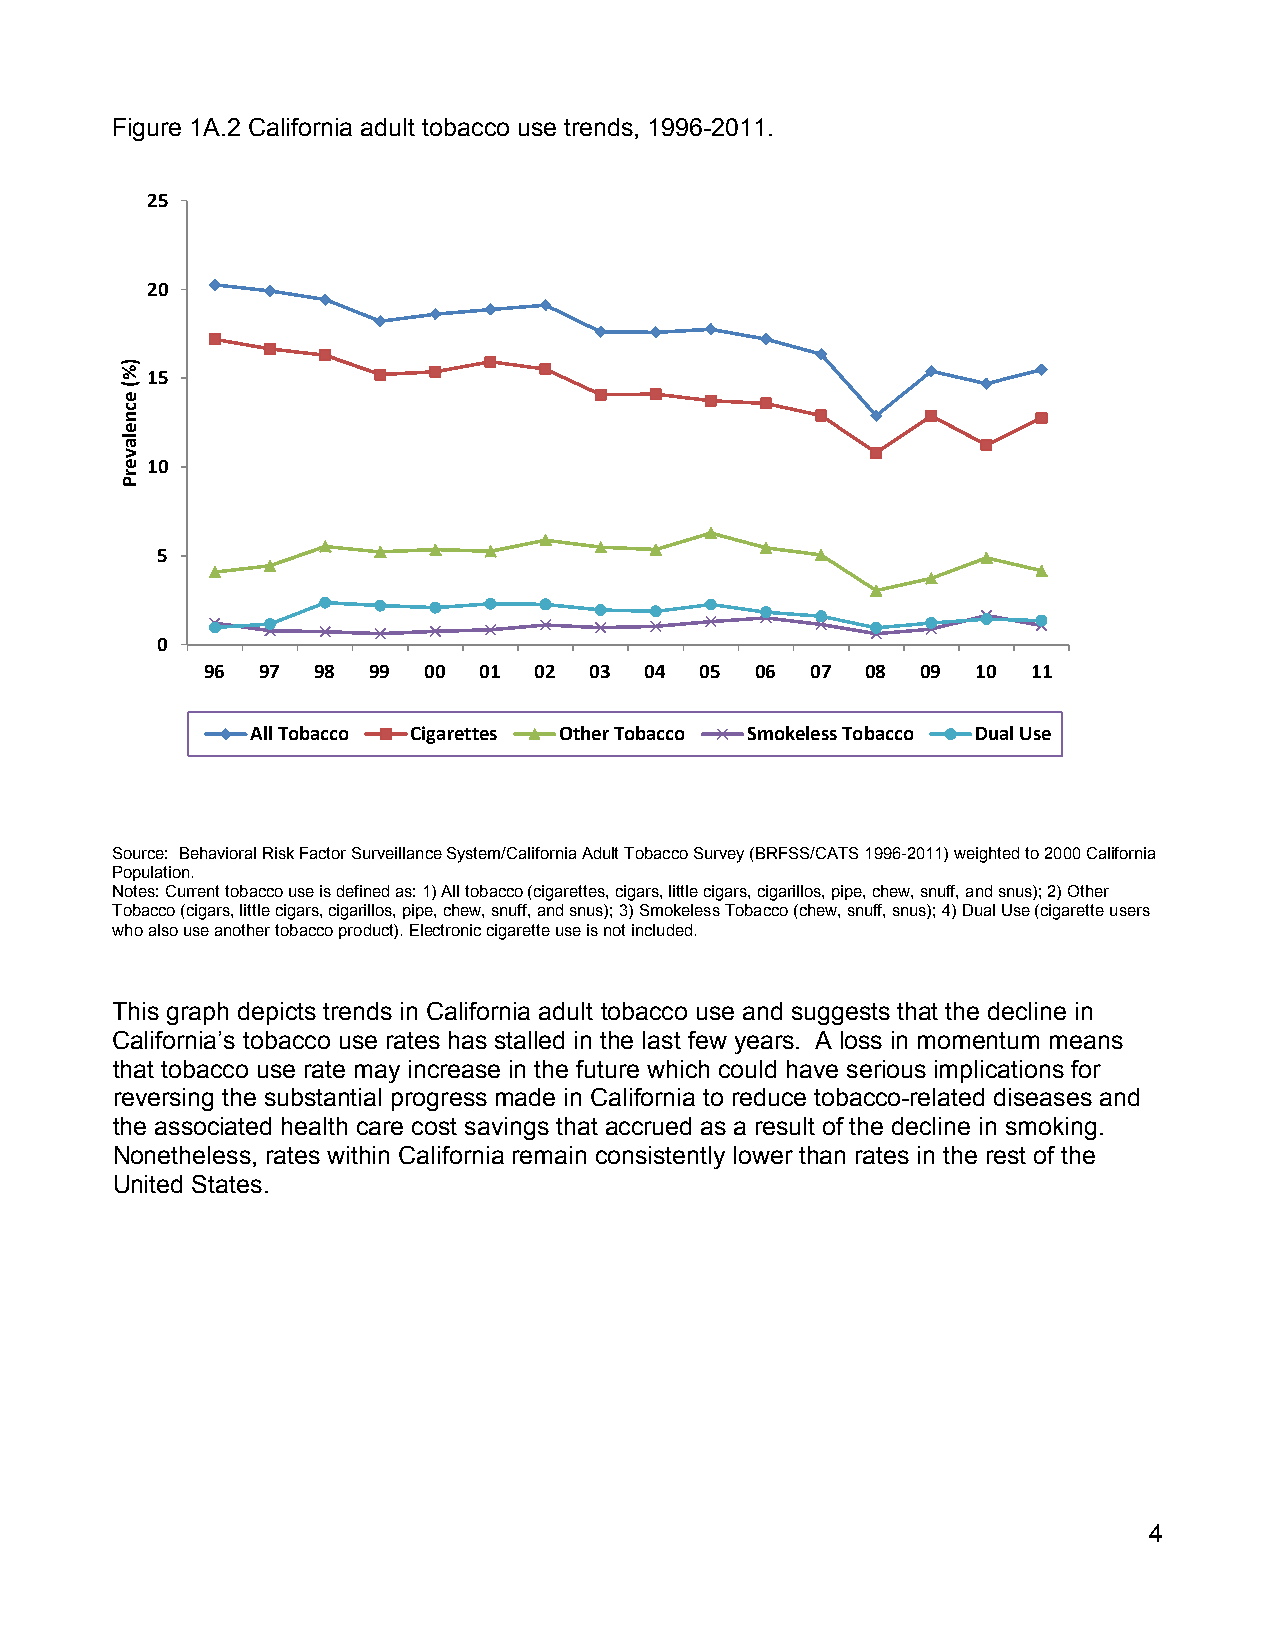
Figure 1A.2 California adult tobacco use trends, 1996-2011.
 25
 20
 15
 10
 5
 0
 96 97  98 99  00  01 02  03  04 05  06  07 08  09  10 11
 All Tobacco Cigarettes Other Tobacco Smokeless Tobacco Dual Use
 Source: Behavioral Risk Factor Surveillance System/California Adult Tobacco Survey (BRFSS/CATS 1996-2011) weighted to 2000 California
 Population.
 Notes: Current tobacco use is defined as: 1) All tobacco (cigarettes, cigars, little cigars, cigarillos, pipe, chew, snuff, and snus); 2) Other
 Tobacco (cigars, little cigars, cigarillos, pipe, chew, snuff, and snus); 3) Smokeless Tobacco (chew, snuff, snus); 4) Dual Use (cigarette users
 who also use another tobacco product). Electronic cigarette use is not included.
 This graph depicts trends in California adult tobacco use and suggests that the decline in
 California’s tobacco use rates has stalled in the last few years. A loss in momentum means
 that tobacco use rate may increase in the future which could have serious implications for
 reversing the substantial progress made in California to reduce tobacco-related diseases and
 the associated health care cost savings that accrued as a result of the decline in smoking.
 Nonetheless, rates within California remain consistently lower than rates in the rest of the
 United States.
 4
 )%(
 ecnelaverP